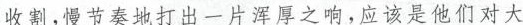
首个，慢节奏地打出一片浑厚之响，应该是他们对大